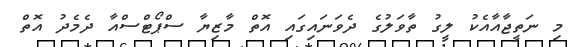
މި ނަތީޖާއާއެކު ލީގު ތާވަލުގެ ދެވަނައިގައި އޮތް މާޒިޔާ ސްޕޯޓްސްއާ ދެމެދު އޮތް